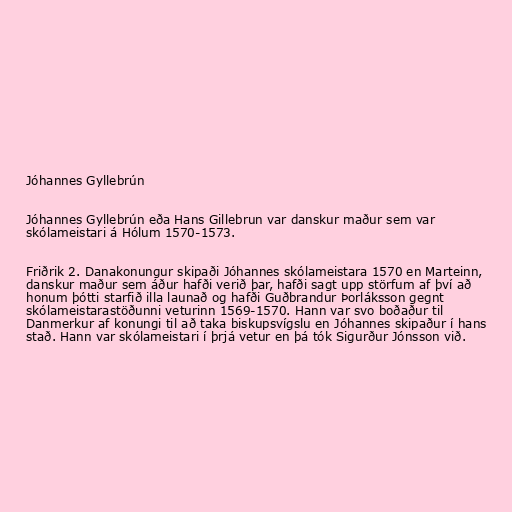
Jóhannes Gyllebrún

Jóhannes Gyllebrún eða Hans Gillebrun var danskur maður sem var
skólameistari á Hólum 1570-1573.

Friðrik 2. Danakonungur skipaði Jóhannes skólameistara 1570 en Marteinn,
danskur maður sem áður hafði verið þar, hafði sagt upp störfum af því að
honum þótti starfið illa launað og hafði Guðbrandur Þorláksson gegnt
skólameistarastöðunni veturinn 1569-1570. Hann var svo boðaður til
Danmerkur af konungi til að taka biskupsvígslu en Jóhannes skipaður í hans
stað. Hann var skólameistari í þrjá vetur en þá tók Sigurður Jónsson við.